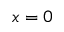
x = 0